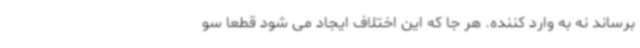
برساند نه به وارد کننده. هر جا که این اختلاف ایجاد می شود قطعا سو